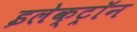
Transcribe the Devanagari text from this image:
इलेक्ट्राॅन